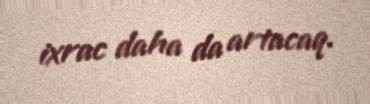
ixrac daha da artacaq.